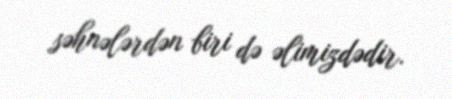
səhnələrdən biri də əlimizdədir.